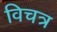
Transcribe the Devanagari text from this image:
विचत्र